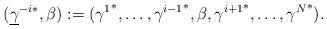
LaTeX: \begin{align*}({\underline \gamma}^{-i*},\beta):= ({\gamma^1}^*,\ldots, {\gamma^{i-1}}^*,\beta, {\gamma^{i+1}}^*,\ldots, {\gamma^N}^*). \end{align*}